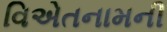
વિએતનામની